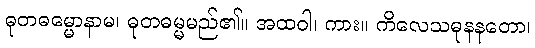
ဓုတဓမ္မောနာမ၊ ဓုတဓမ္မမည်၏။ အထဝါ၊ ကား။ ကိလေသဓုနနတော၊